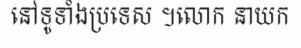
នៅទូទាំងប្រទេស ។លោក នាយក